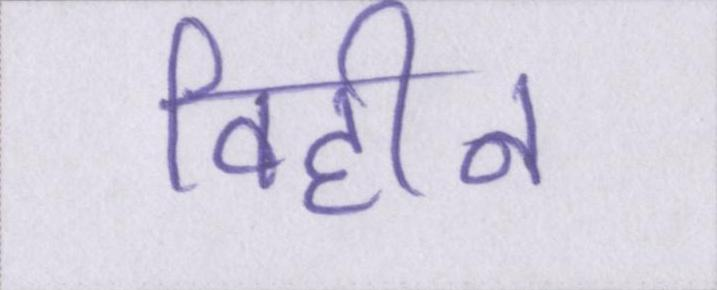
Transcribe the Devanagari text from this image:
विहीन